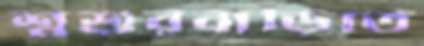
শ্বশুরবাড়িতে